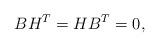
LaTeX: \begin{align*}BH^T=HB^T=0,\end{align*}